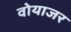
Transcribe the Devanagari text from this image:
वोयाजर